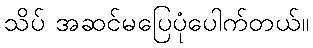
သိပ် အဆင်မပြေပုံပေါက်တယ်။